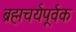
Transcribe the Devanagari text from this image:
ब्रह्मचर्यपूर्वक